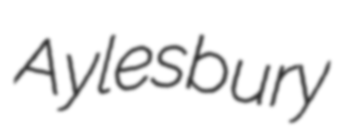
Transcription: Aylesbury